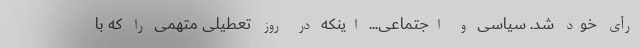
رأی خود شد. سیاسی و اجتماعی... اینکه در روز تعطیلی متهمی را که با